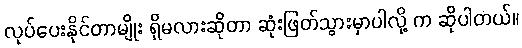
လုပ်ပေးနိုင်တာမျိုး ရှိမလားဆိုတာ ဆုံးဖြတ်သွားမှာပါလို့ က ဆိုပါတယ်။